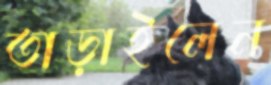
তাড়াইলেন